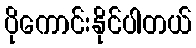
ပိုကောင်းနိုင်ပါတယ်